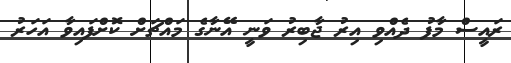
ރައީސް މާފު ދެއްވި އިރު ޖާބިރު ވަނީ އޭނާގެ މައްޗަށް ކޮށްފައިވާ އަހަރު